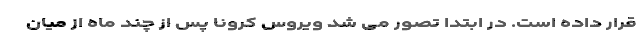
قرار داده است. در ابتدا تصور می شد ویروس کرونا پس از چند ماه از میان